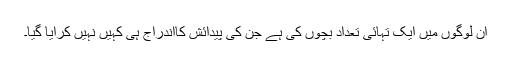
ان لوگوں میں ایک تہائی تعداد بچوں کی ہے جن کی پیدائش کااندراج ہی کہیں نہیں کرایا گیا۔